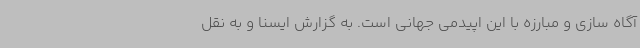
آگاه سازی و مبارزه با این اپیدمی جهانی است. به گزارش ایسنا و به نقل